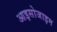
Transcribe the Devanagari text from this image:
आइसोजाइम